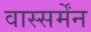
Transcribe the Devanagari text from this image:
वास्सर्मेंन